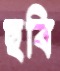
ছবি